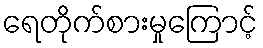
ရေတိုက်စားမှုကြောင့်